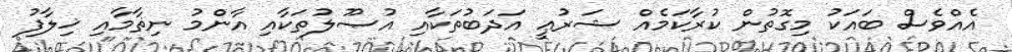
އެއްވެސް ބައަކު މިގޮތުން ކުރާކަމެއް ޝަރުޢީ އަދަބުތަކާއި އުޞޫލުތަކާއި އާންމު ނިޡާމާއި ޚިލާފު